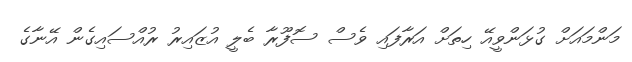
މަންމައަށް ގުޅަންވީއޭ ހިތަށް އަރާފައި ވެސް ސޮފޫރާ ބެލީ އުޒައިރު ރުއްސައިގެން އޭނާގެ